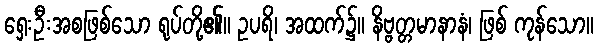
ရှေးဦးအစဖြစ်သော ရုပ်တို့၏။ ဥပရိ၊ အထက်၌။ နိဗ္ဗတ္တမာနာနံ၊ ဖြစ် ကုန်သော။